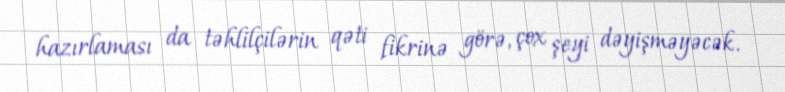
hazırlaması da təhlilçilərin qəti fikrinə görə, çox şeyi dəyişməyəcək.